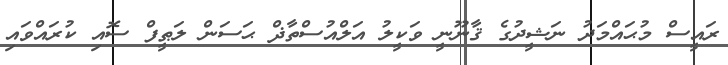
ރައީސް މުޙައްމަދު ނަޝީދުގެ ޤާނޫނީ ވަކީލު އަލްއުސްތާޛް ޙަސަން ލަޠީފް ސޮއި ކުރައްވައި